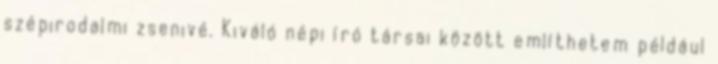
szép­irodalmi zse­nivé. Kiváló népi író társai között említhetem például